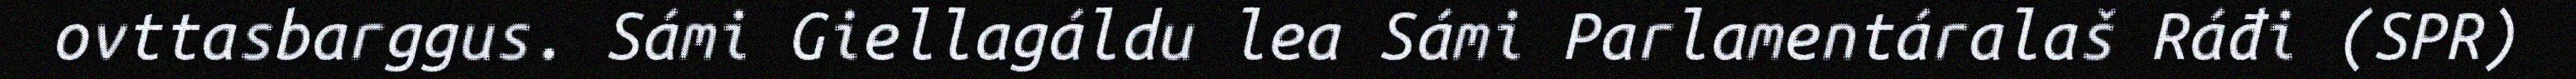
ovttasbarggus. Sámi Giellagáldu lea Sámi Parlamentáralaš Ráđi (SPR)